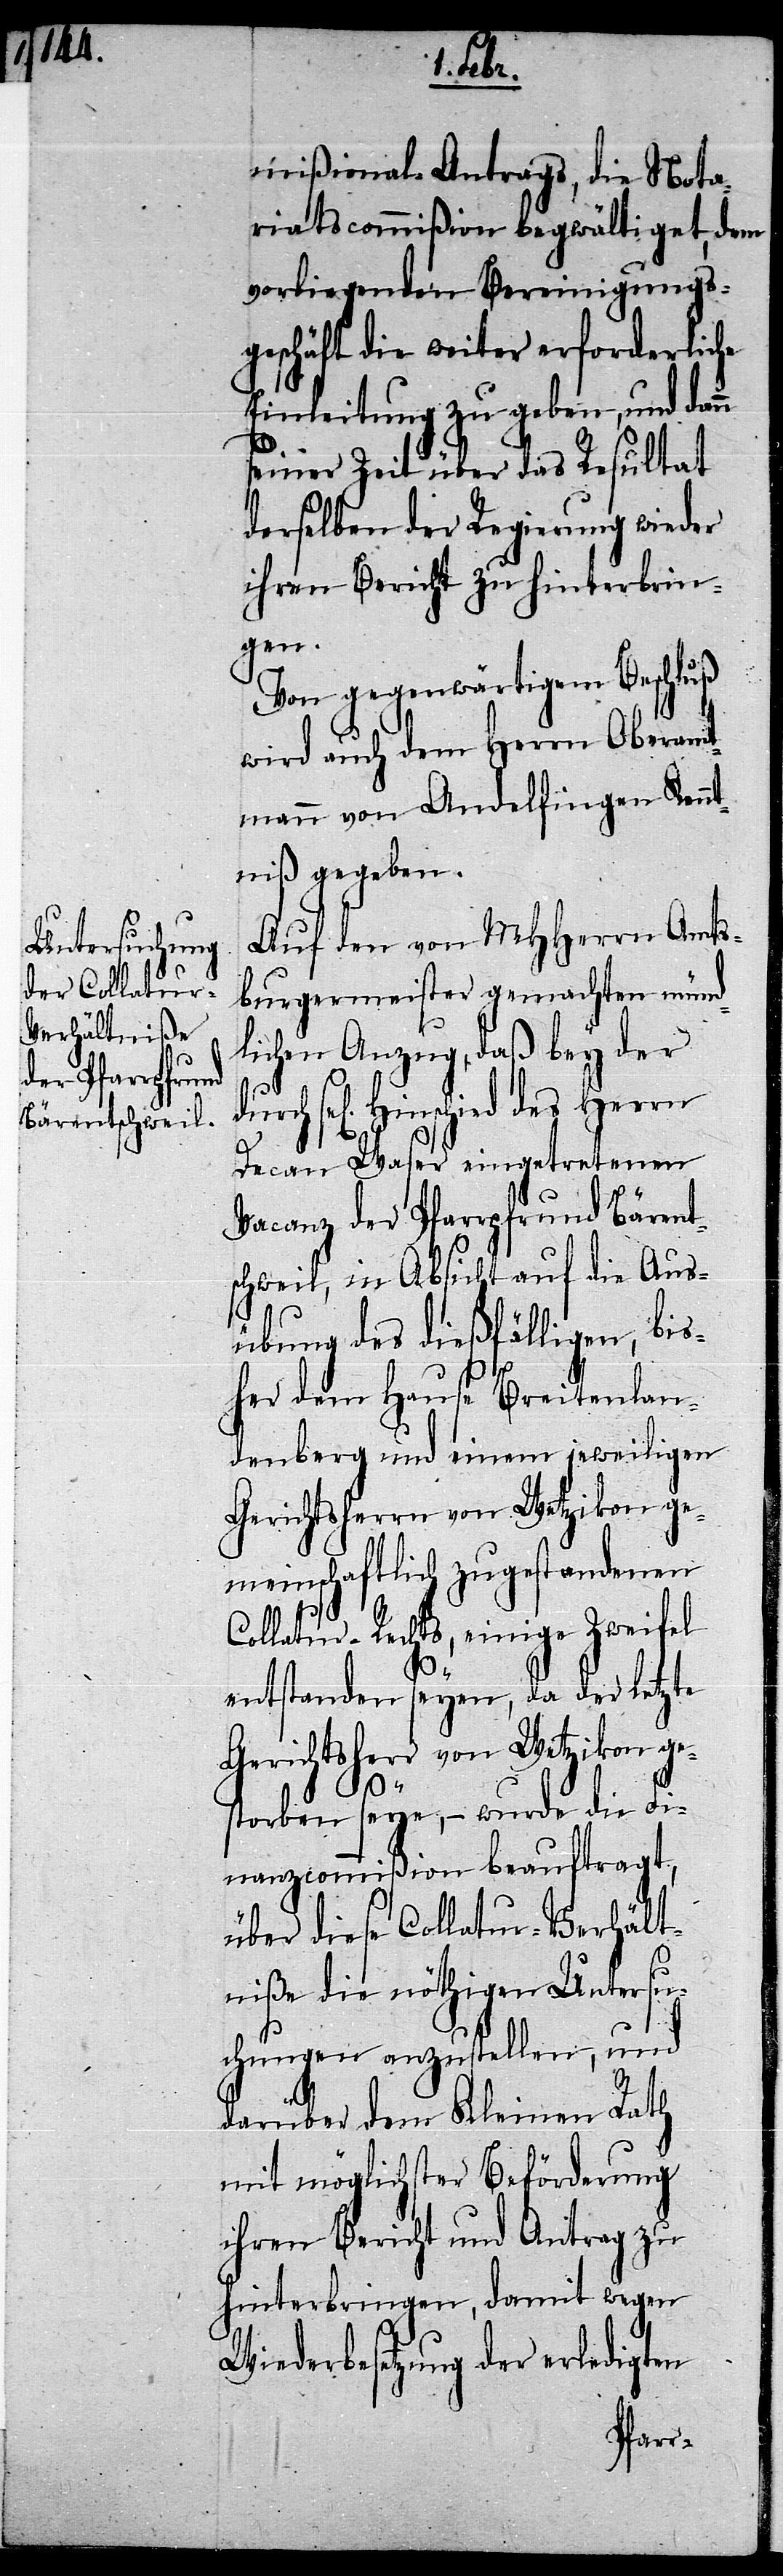
mißional-Antrags, die Nota¬
riatscommißion begwältiget, dem
vorliegenden Bereinigungs¬
geschäft die weiter erforderliche
Einleitung zu geben, und dan¬
seiner Zeit über das Resultat
derselben der Regierung wieder
ihren Bericht zu hinterbrin¬
durch
Von gegenwärtigem Beschluß
wird auch dem Herrn Oberamt¬
mann von Andelfingen Kennt¬
niß gegeben.
Auf den von MHHerrn Amts¬
burgermeister gemachten münd¬
lichen Anzug, daß bey der
Hinschied des Herrn
Decan Waser eingetretenen
Vacanz der Pfarrpfrund Bärent¬
schweil, in Absicht auf die Aus¬
übung des dießfälligen, bis¬
her dem Hause Breitenlan¬
denberg und einem jeweiligen
Gerichtsherrn von Wetzikon ge¬
meinschaftlich zugestandenen
Collatur-Rechts, einige Zweifel
entstanden seyen, da der letzte
Gerichtsherr von Wetzikon ge¬
storben seye, – wurde die Fi¬
nanzcommißion beauftragt,
über diese Collatur-Verhält¬
niße die nöthigen Untersu¬
chungen anzustellen, und
darüber dem Kleinen Rath
mit möglichster Beförderung
ihren Bericht und Antrag zu
hinterbringen, damit wegen
Wiederbesetzung der erledigten